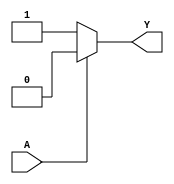
module single_variable_kmap (
    input wire A,  // Input variable
    output wire Y  // Output variable
);

// Define the output based on the truth table
assign Y = (A == 1'b0) ? 1'b1 : 1'b0; // Y0 is 1 when A is 0
// assign Y = (A == 1'b1) ? 1'b1 : 1'b0; // Y1 is 1 when A is 1 (uncomment if needed)

endmodule